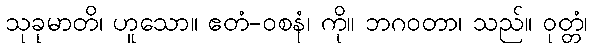
သုခုမာတိ၊ ဟူသော။ ဧတံ-ဝစနံ၊ ကို။ ဘဂဝတာ၊ သည်။ ဝုတ္တံ၊